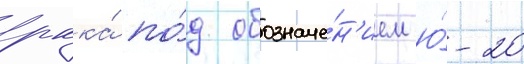
ркка́ по́д обозначе́н'ием ю́-20